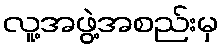
လူ့အဖွဲ့အစည်းမှ